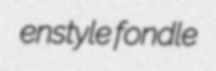
enstyle fondle